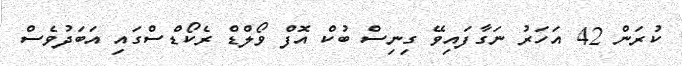
ކުރަން 42 އަހަރު ނަގާފައިވޭ ގިނިސް ބުކް އޮފް ވޯލްޑް ރެކޯޑްސްގައި އަބަދުވެސް